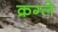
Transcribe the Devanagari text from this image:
क्रग्ले